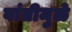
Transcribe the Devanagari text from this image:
वांतीमुळे